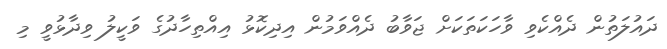
ދައުލަތުން ދެއްކެވި ވާހަކަތަކަށް ޖަވާބު ދެއްވަމުން އިދިކޮޅު އިއްތިހާދުގެ ވަކީލު ވިދާޅުވީ މި